Medical and sanitary report of the native army of Bengal for the year
Year: 1875
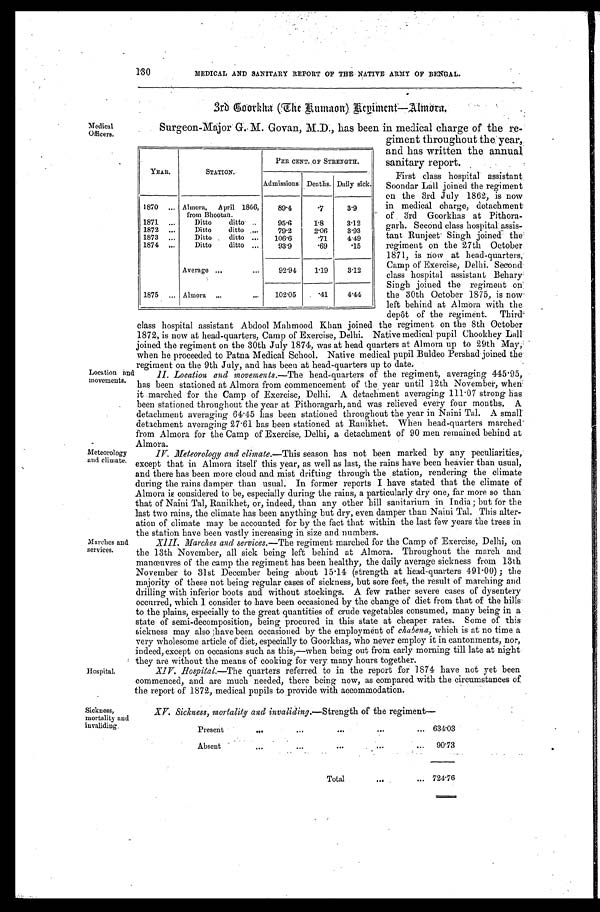
130
Medical
Officers.
Location
and
movements.
MEDICAL AND SANITARY REPORT OF THE NATIVE ARMY OF BENGAL.
3rd Goorkha (The Rumaon) Regiment—Almora.
Surgeon-Major G. M. Govan, M.D., has been in medical charge of the re
-
giment throughout the year,
and has written the annual
sanitary report.
First class hospital assistant
Soondar Lall joined the regiment
on the 3rd July 1862; is now
in medical charge, detachment
of 3rd Goorkhas at Pithora
-
garh. Second class hospital assis
-
tant Runjeet Singh joined the
regiment on the 27th October
1871, is now at head-quarters,
Camp of Exercise, Delhi. Second
class hospital assistant Behary
Singh joined the regiment on
the 30th October 1875, is now
left behind at Almora with the
depôt of the regiment.Third
class hospital assistant Abdool Mahmood Khan joined the regiment on the 8th October
1872, is now at head-quarters, Camp of Exercise, Delhi. Native medical pupil Chookhey Lall
joined the regiment on the 30th July 1874, was at head quarters at Almora up to 29th May,
when he proceeded to Patna Medical School. Native medical pupil Buldeo Pershad joined the
regiment on the 9th July, and has been at head-quarters up to date.
II. Location and movements.—The head-quarters of the regiment, averaging 445.95,
has been stationed at Almora from commencement of the year until 12th November, when
it marched for the Camp of Exercise, Delhi. A detachment averaging 111.07 strong has
been stationed throughout the year at Pithoragarh, and was relieved every four months. A
detachment averaging 64.45 has been stationed throughout the year in Naini Tal. A small
detachment averaging 27.61 has been stationed at Ranikhet. When head-quarters marched
from Almora for the Camp of Exercise, Delhi, a detachment of 90 men remained behind at
A l m o r a .
YEAR.
STATION.
PER CENT. OF STRENGTH.
Admissions. Deaths. Daily sick.
1870 . . .
Almora, April 1866,
from Bhootan.
89.4
.7
3.9
1871 . . .
Ditto ditto . . .
95.6
1.8
3.12
1872 . . .
Ditto ditto . . .
79.2
2.06
3.93
1873 . . .
Ditto ditto . . .
106.6
.71
4.49
1874 . . .
Ditto ditto . . .
93.9
.69
.15
Average . . .
92.94
1.19
3.12
1875 . . .
Almora . . .
102.05
.41
4.44
Meteorology
and climate.
Marches and
services.
Hospital.
Sickness,
mortality and
invaliding.
IV. Meteorology and climate. —This season has not been marked by any peculiarities,
except that in Almora itself this year, as well as last, the rains have been heavier than usual,
and there has been more cloud and mist drifting through the station, rendering the climate
during the rains damper than usual. In former reports I have stated that the climate of
Almora is considered to be, especially during the rains, a particularly dry one, far more so than
that of Naini Tal, Ranikhet, or, indeed, than any other bill sanitarium in India; but for the
last two rains, the climate has been anything but dry, even damper than Naini Tal. This alter-
ation of climate may be accounted for by the fact that within the last few years the trees in
the station have been vastly increasing in size and numbers.
XIII. Marches and services. —The regiment marched for the Camp of Exercise, Delhi, on
the 13th November, all sick being left behind at Almora. Throughout the march and
manœuvres of the camp the regiment has been healthy, the daily average sickness from 13th
November to 31st December being about 15.14 (strength at head-quarters 491.00); the
majority of these not being regular cases of sickness, but sore feet, the result of marching and
drilling with inferior boots and without stockings. A few rather severe cases of dysentery
occurred, which I consider to have been occasioned by the change of diet from that of the hills
to the plains, especially to the great quantities of crude vegetables consumed, many being in a
state of semi-decomposition, being procured in this state at cheaper rates. Some of this
sickness may also have been occasioned by the employment of chabena, which is at no time a
very wholesome article of diet, especially to Goorkhas, who never employ it in cantonments, nor,
indeed, except on occasions such as this,—when being out from early morning till late at night
they are without the means of cooking for very many hours together.
XIV.Hospital. —The quarters referred to in the report for 1874 have not yet been
commenced, and are much needed, there being now, as compared with the circumstances of
the report of 1872, medical pupils to provide with accommodation.
XV. Sickness, mortality and invaliding.—Strength of the regiment—
Present
.
.
. 634.03
Absent . . .
90.73
Total . . . 724.76